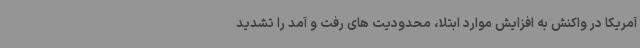
آمریکا در واکنش به افزایش موارد ابتلا، محدودیت های رفت و آمد را تشدید